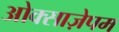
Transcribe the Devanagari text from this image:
ओक्साज़ेपम